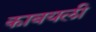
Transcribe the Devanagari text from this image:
काबयली